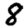
Digit: 8